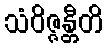
သံဝိဇ္ဇန္တီတိ